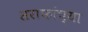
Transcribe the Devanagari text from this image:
सराफांच्या